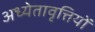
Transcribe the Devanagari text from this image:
अध्येतावृत्तियों